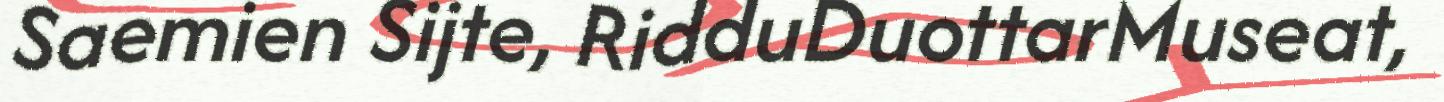
Saemien Sijte, RidduDuottarMuseat,